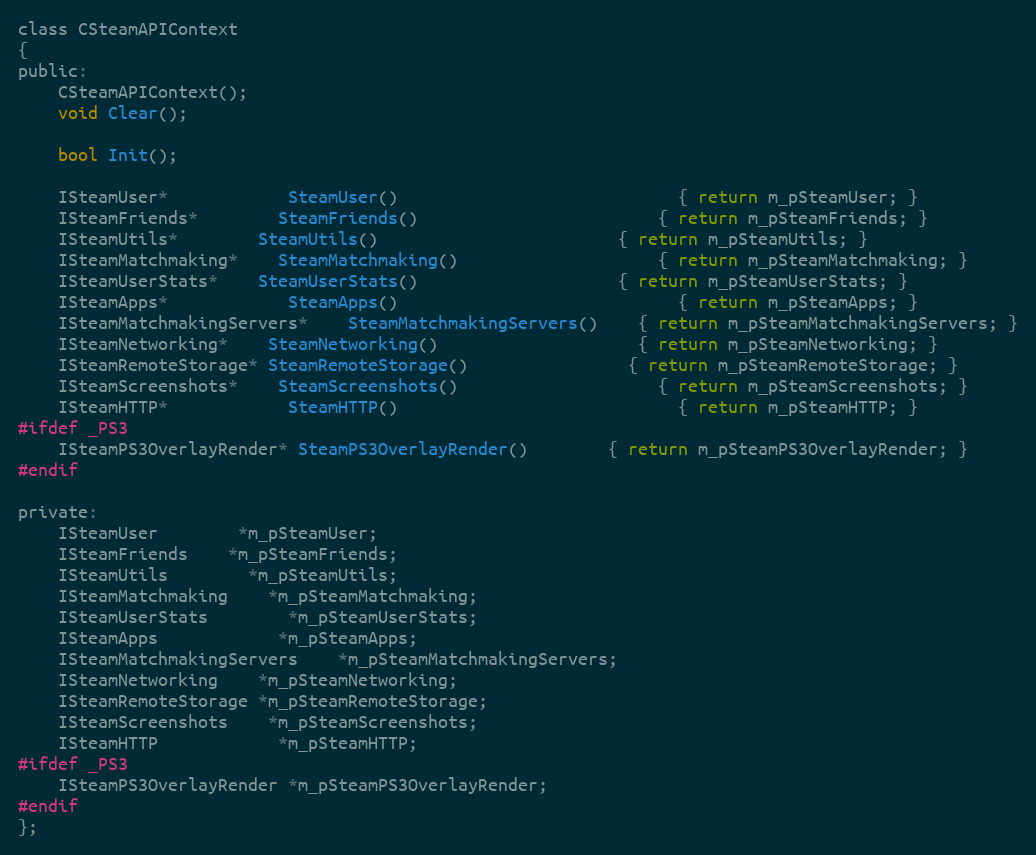
Language: C
class CSteamAPIContext
{
public:
	CSteamAPIContext();
	void Clear();

	bool Init();

	ISteamUser*			SteamUser()							{ return m_pSteamUser; }
	ISteamFriends*		SteamFriends()						{ return m_pSteamFriends; }
	ISteamUtils*		SteamUtils()						{ return m_pSteamUtils; }
	ISteamMatchmaking*	SteamMatchmaking()					{ return m_pSteamMatchmaking; }
	ISteamUserStats*	SteamUserStats()					{ return m_pSteamUserStats; }
	ISteamApps*			SteamApps()							{ return m_pSteamApps; }
	ISteamMatchmakingServers*	SteamMatchmakingServers()	{ return m_pSteamMatchmakingServers; }
	ISteamNetworking*	SteamNetworking()					{ return m_pSteamNetworking; }
	ISteamRemoteStorage* SteamRemoteStorage()				{ return m_pSteamRemoteStorage; }
	ISteamScreenshots*	SteamScreenshots()					{ return m_pSteamScreenshots; }
	ISteamHTTP*			SteamHTTP()							{ return m_pSteamHTTP; }
#ifdef _PS3
	ISteamPS3OverlayRender* SteamPS3OverlayRender()		{ return m_pSteamPS3OverlayRender; }
#endif

private:
	ISteamUser		*m_pSteamUser;
	ISteamFriends	*m_pSteamFriends;
	ISteamUtils		*m_pSteamUtils;
	ISteamMatchmaking	*m_pSteamMatchmaking;
	ISteamUserStats		*m_pSteamUserStats;
	ISteamApps			*m_pSteamApps;
	ISteamMatchmakingServers	*m_pSteamMatchmakingServers;
	ISteamNetworking	*m_pSteamNetworking;
	ISteamRemoteStorage *m_pSteamRemoteStorage;
	ISteamScreenshots	*m_pSteamScreenshots;
	ISteamHTTP			*m_pSteamHTTP;
#ifdef _PS3
	ISteamPS3OverlayRender *m_pSteamPS3OverlayRender;
#endif
};